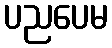
ပညပေမ